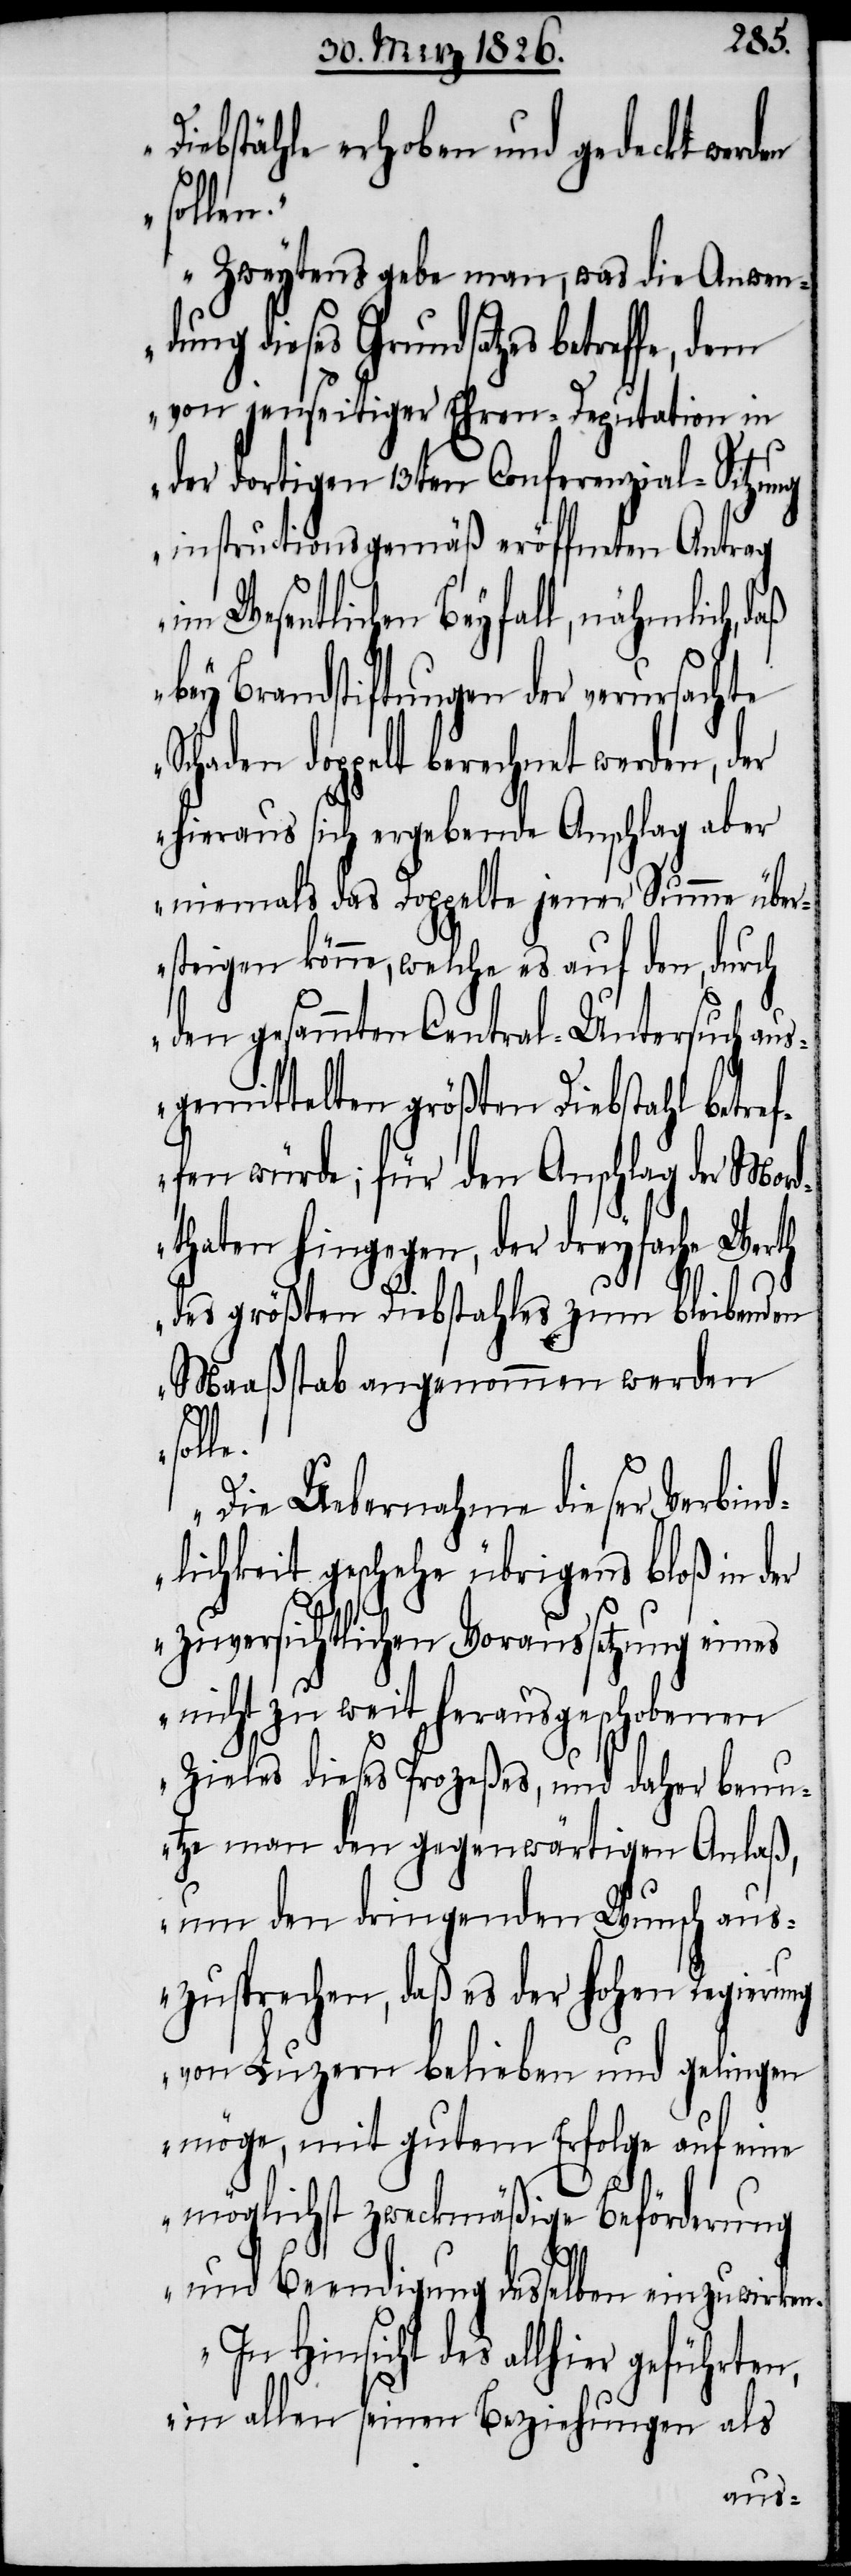
Diebstähle erhoben und gedeckt werden
solle.
Zweytens gebe man, was die Anwen¬
dung dieses Grundsatzes betreffe, dem
von jenseitiger Ehren-Deputation, in
der dortigen 13ten Conferenzial-Sitzung
instructionsgemäß eröffneten Antrag
im Wesentlichen Beyfall, nähmlich, d¬
bey Brandstiftungen der verursachte
Schaden doppelt berechnet werden, der
hieraus sich ergebende Anschlag aber
niemals das Doppelte jener Summe über¬
steigen könne, welche es auf den, durch
den gesammten Central-Untersuch aus¬
gemittelten größten Diebstahl betre¬
fen würde; für den Anschlag der Mord¬
thaten hingegen, der dreyfache Werth
f¬
des größten Diebstahles zum bleibenden
Maaßstab angenommen werden
Die Uebernahme dieser Verbind¬
lichkeit geschehe übrigens bloß in der
zuversichtlichen Voraussetzung eines
nicht zu weit herausgeschobenen
Zieles dieses Prozeßes, und daher benu¬
tze man den gegenwärtigen Anlaß,
um den dringenden Wunsch aus¬
zusprechen, daß es der hohen Regierung
von Luzern belieben und gelingen
möge, mit gutem Erfolge auf eine
möglichst zweckmäßige Beförderung
und Beendigung desselben einzuwirken.
In Hinsicht des allhier geführten,
in allen seinen Beziehungen als